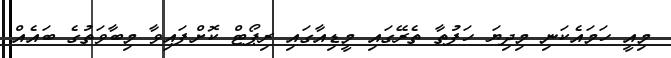
މިއީ ހަމައެކަނި މިދިޔަ ހަފުތާ ތެރޭގައި މީޑިއާގައި ރިޕޯޓް ކޮށްފައިވާ މިބާވަތުގެ ބައެއް